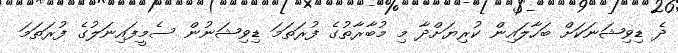
ދެ ޑިވިޝަނަކަށް ބަހާލައިން ކުރިޔަށްދާ މި މުބާރާތުގެ ފުރަތަމަ ޑިވިޝަނުން ސެމީފައިނަލުގެ ފުރަތަމަ